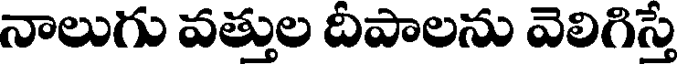
నాలుగు వత్తుల దీపాలను వెలిగిస్తే